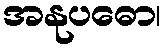
အနုပဓော၊